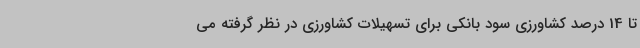
تا 14 درصد کشاورزی سود بانکی برای تسهیلات کشاورزی در نظر گرفته می